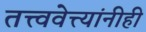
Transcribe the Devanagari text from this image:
तत्त्ववेत्त्यांनीही